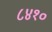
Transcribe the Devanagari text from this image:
८४१०